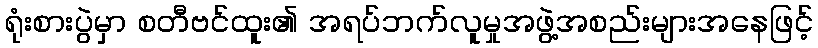
ရုံးစားပွဲမှာ စတီဗင်ထူး၏ အရပ်ဘက်လူမှုအဖွဲ့အစည်းများအနေဖြင့်